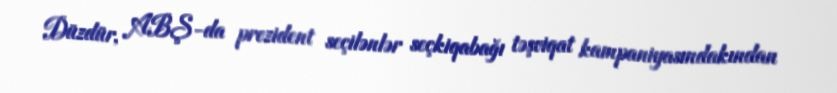
Düzdür, ABŞ-da prezident seçilənlər seçkiqabağı təşviqat kampaniyasındakından